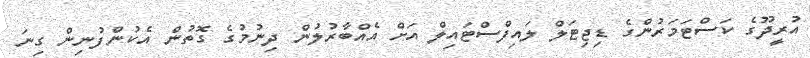
އުރީދޫގެ ކަސްޓަމަރުންގެ ޑިޖިޓަލް ލައިފްސްޓައިލް އަށް އެއްބާރުލުން ދިނުމުގެ ގޮތުން އެކުންފުނިން ގިނަ